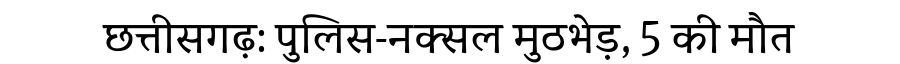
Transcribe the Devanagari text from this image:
छत्तीसगढ़: पुलिस-नक्सल मुठभेड़, 5 की मौत